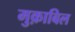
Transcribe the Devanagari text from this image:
मुक़ाबिल